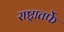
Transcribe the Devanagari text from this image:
राष्ट्रातर्फे